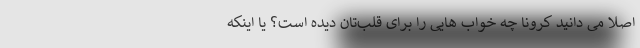
اصلا می دانید کرونا چه خواب هایی را برای قلب‌تان دیده است؟ یا اینکه